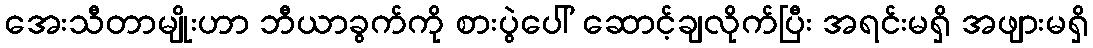
အေးသီတာမျိုးဟာ ဘီယာခွက်ကို စားပွဲပေါ် ဆောင့်ချလိုက်ပြီး အရင်းမရှိ အဖျားမရှိ